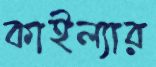
কাইল্যার